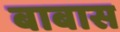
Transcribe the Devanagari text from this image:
बाबास